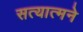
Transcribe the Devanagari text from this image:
सत्यात्मने